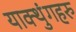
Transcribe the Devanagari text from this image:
याक्थुंगहरु